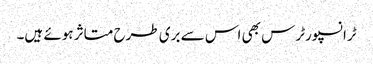
ٹرانسپورٹرس بھی اس سے بری طرح متاثر ہوئے ہیں۔